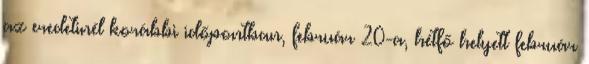
az eredetinél korábbi időpontban, február 20-a, hétfő helyett február